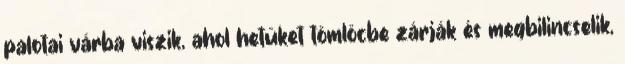
palotai várba viszik, ahol hetüket tömlöcbe zárják és megbilincselik,